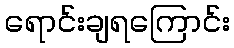
ရောင်းချရကြောင်း